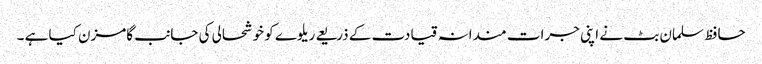
حافظ سلمان بٹ نے اپنی جرات مندانہ قیادت کے ذریعے ریلوے کو خوشحالی کی جانب گامزن کیا ہے ۔